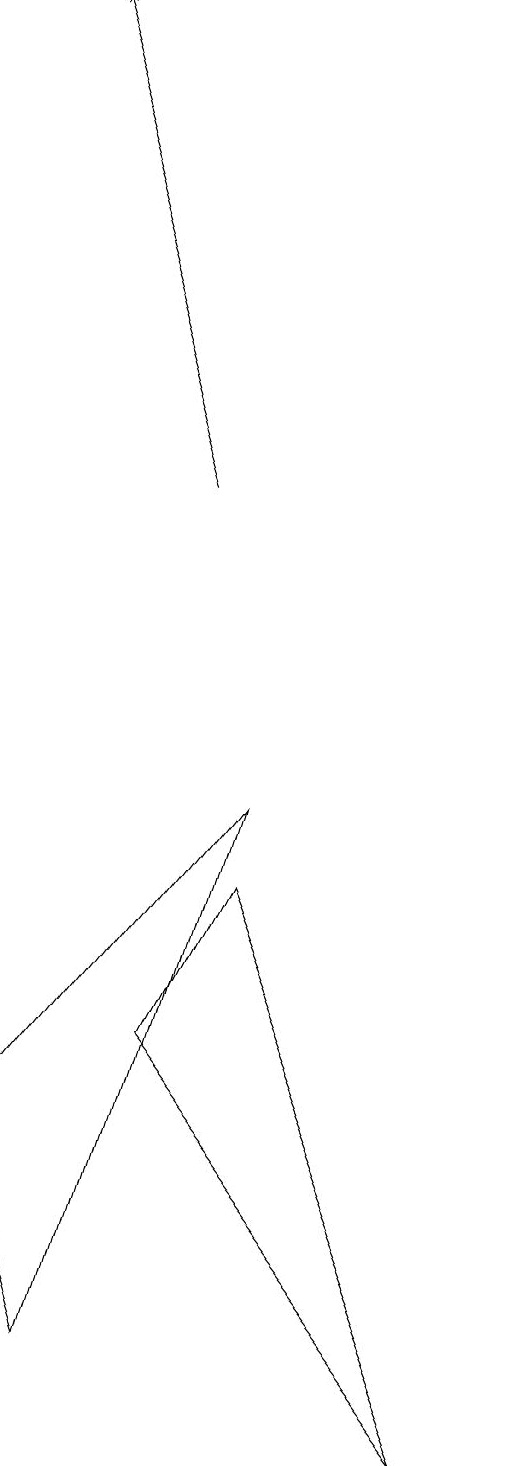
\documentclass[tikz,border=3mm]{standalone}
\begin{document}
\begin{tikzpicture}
\draw (6,0) -- (2,5) -- (3,7) -- cycle;
\draw[->] (2,12) -- (0,18);
\draw (3,8) -- (1,1) -- (0,4) -- cycle;
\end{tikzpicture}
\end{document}